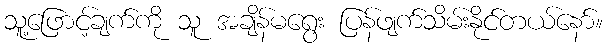
သူ့ဖြောင့်ချက်ကို သူ အချိန်မရွေး ပြန်ဖျက်သိမ်းနိုင်တယ်နော်။